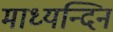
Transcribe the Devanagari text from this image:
माध्‍यन्‍दिन